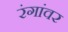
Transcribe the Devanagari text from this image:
रंगांवर